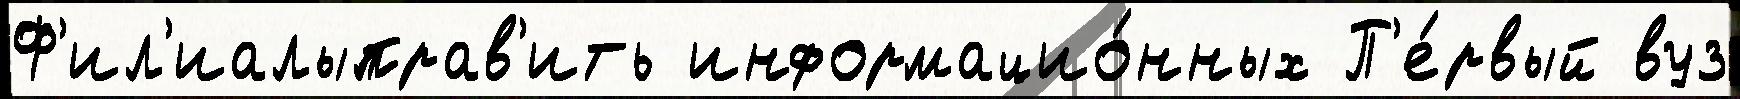
Ф'ил'иалыправ'ить информацио́нных П'е́рвый вуз